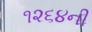
૧૨૬૪ની